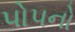
પોપનો